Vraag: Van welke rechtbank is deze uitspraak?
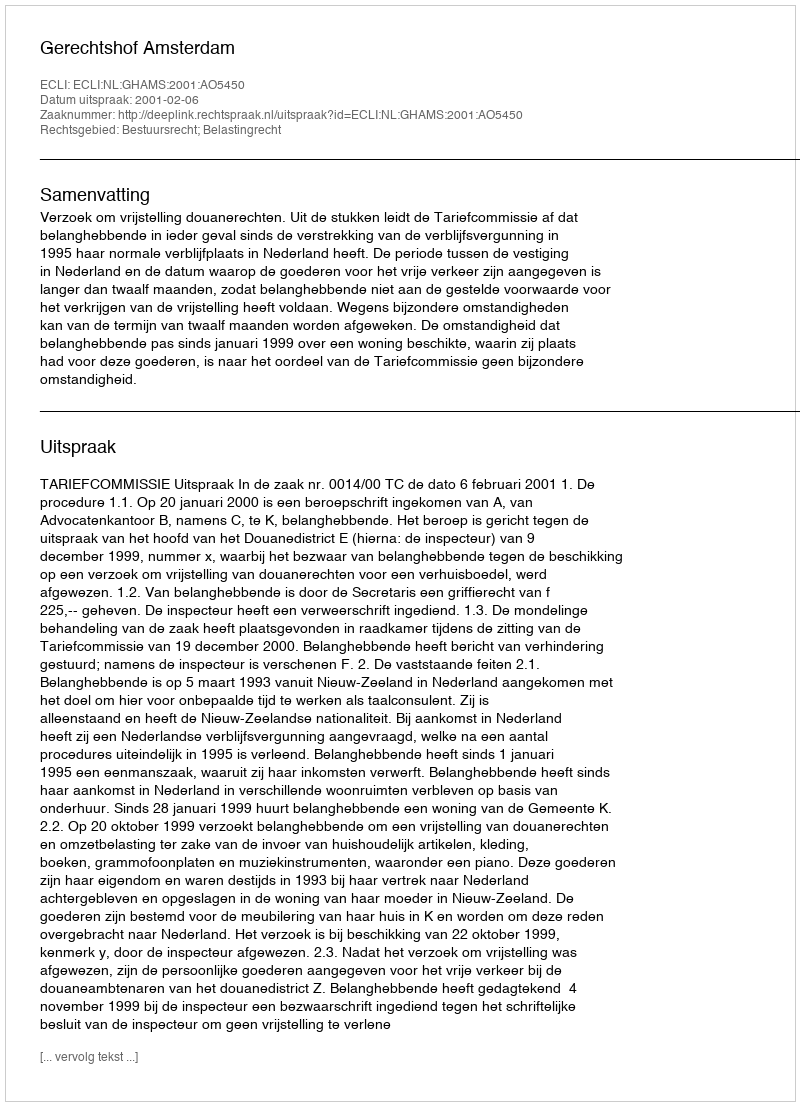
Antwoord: Gerechtshof Amsterdam